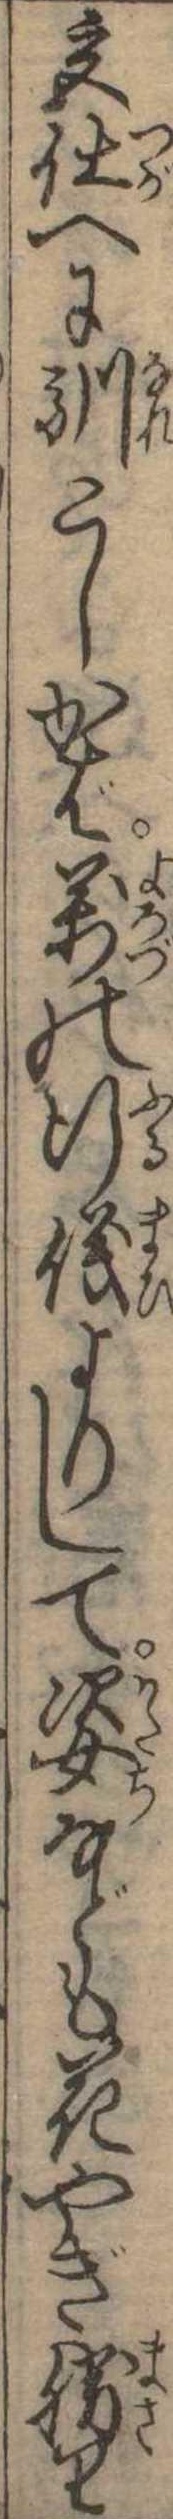
宮仕へに馴こしかば万の行儀よりして姿なども花やぎ勝り